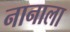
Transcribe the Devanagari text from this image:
नानाला